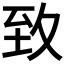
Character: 𦤶